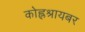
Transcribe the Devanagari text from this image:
कोह्लश्रायबर